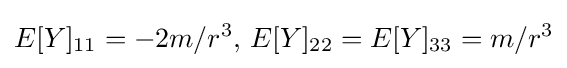
E[Y]_{11}=-2m/r^{3},\,E[Y]_{22}=E[Y]_{33}=m/r^{3}